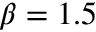
\beta = 1 . 5